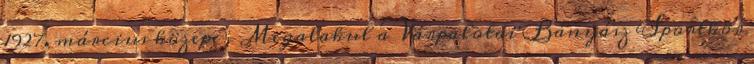
1927. március közepe – Megalakul a Várpalotai Bányász Sportkör